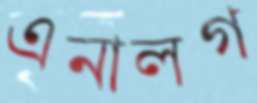
এনালগ